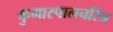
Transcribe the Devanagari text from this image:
कुमारपालचरित्र